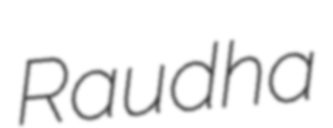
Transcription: Raudha